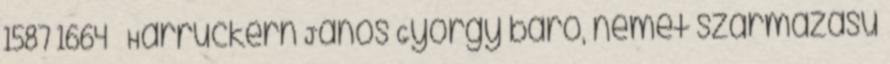
1587 1664 – Harruckern János György báró, német származású